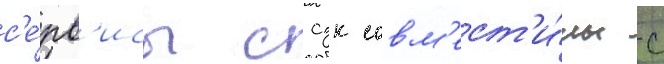
с'е́рв'исы ссдк совм'ест'и́мы с